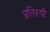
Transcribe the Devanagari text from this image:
प्रतिरुपी